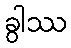
ခွါဿ